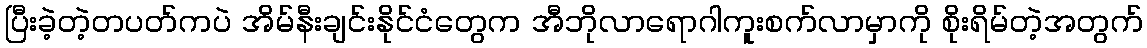
ပြီးခဲ့တဲ့တပတ်ကပဲ အိမ်နီးချင်းနိုင်ငံတွေက အီဘိုလာရောဂါကူးစက်လာမှာကို စိုးရိမ်တဲ့အတွက်